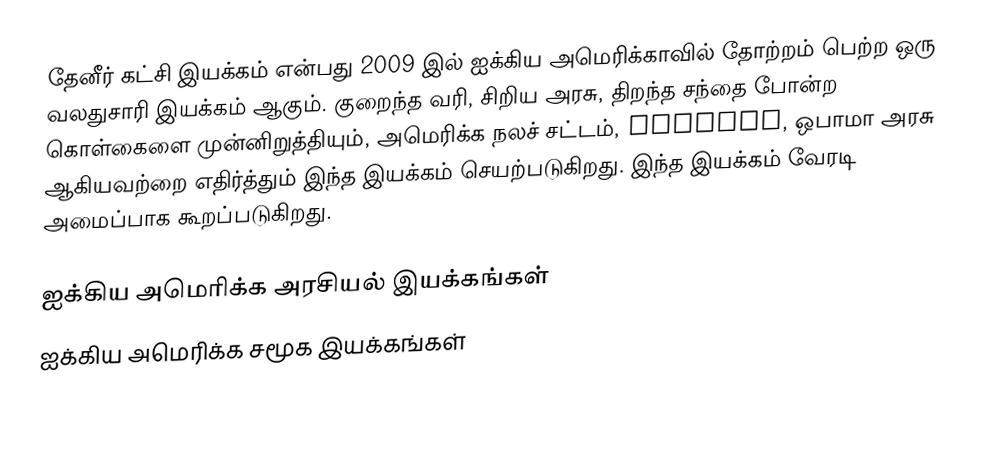
தேனீர் கட்சி இயக்கம் என்பது 2009 இல் ஐக்கிய அமெரிக்காவில் தோற்றம் பெற்ற ஒரு வலதுசாரி இயக்கம் ஆகும். குறைந்த வரி, சிறிய அரசு, திறந்த சந்தை போன்ற கொள்கைளை முன்னிறுத்தியும், அமெரிக்க நலச் சட்டம், Bailout, ஒபாமா அரசு ஆகியவற்றை எதிர்த்தும் இந்த இயக்கம் செயற்படுகிறது. இந்த இயக்கம் வேரடி அமைப்பாக கூறப்படுகிறது.

ஐக்கிய அமெரிக்க அரசியல் இயக்கங்கள்
ஐக்கிய அமெரிக்க சமூக இயக்கங்கள்